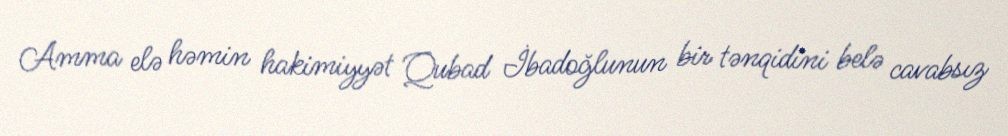
Amma elə həmin hakimiyyət Qubad İbadoğlunun bir tənqidini belə cavabsız